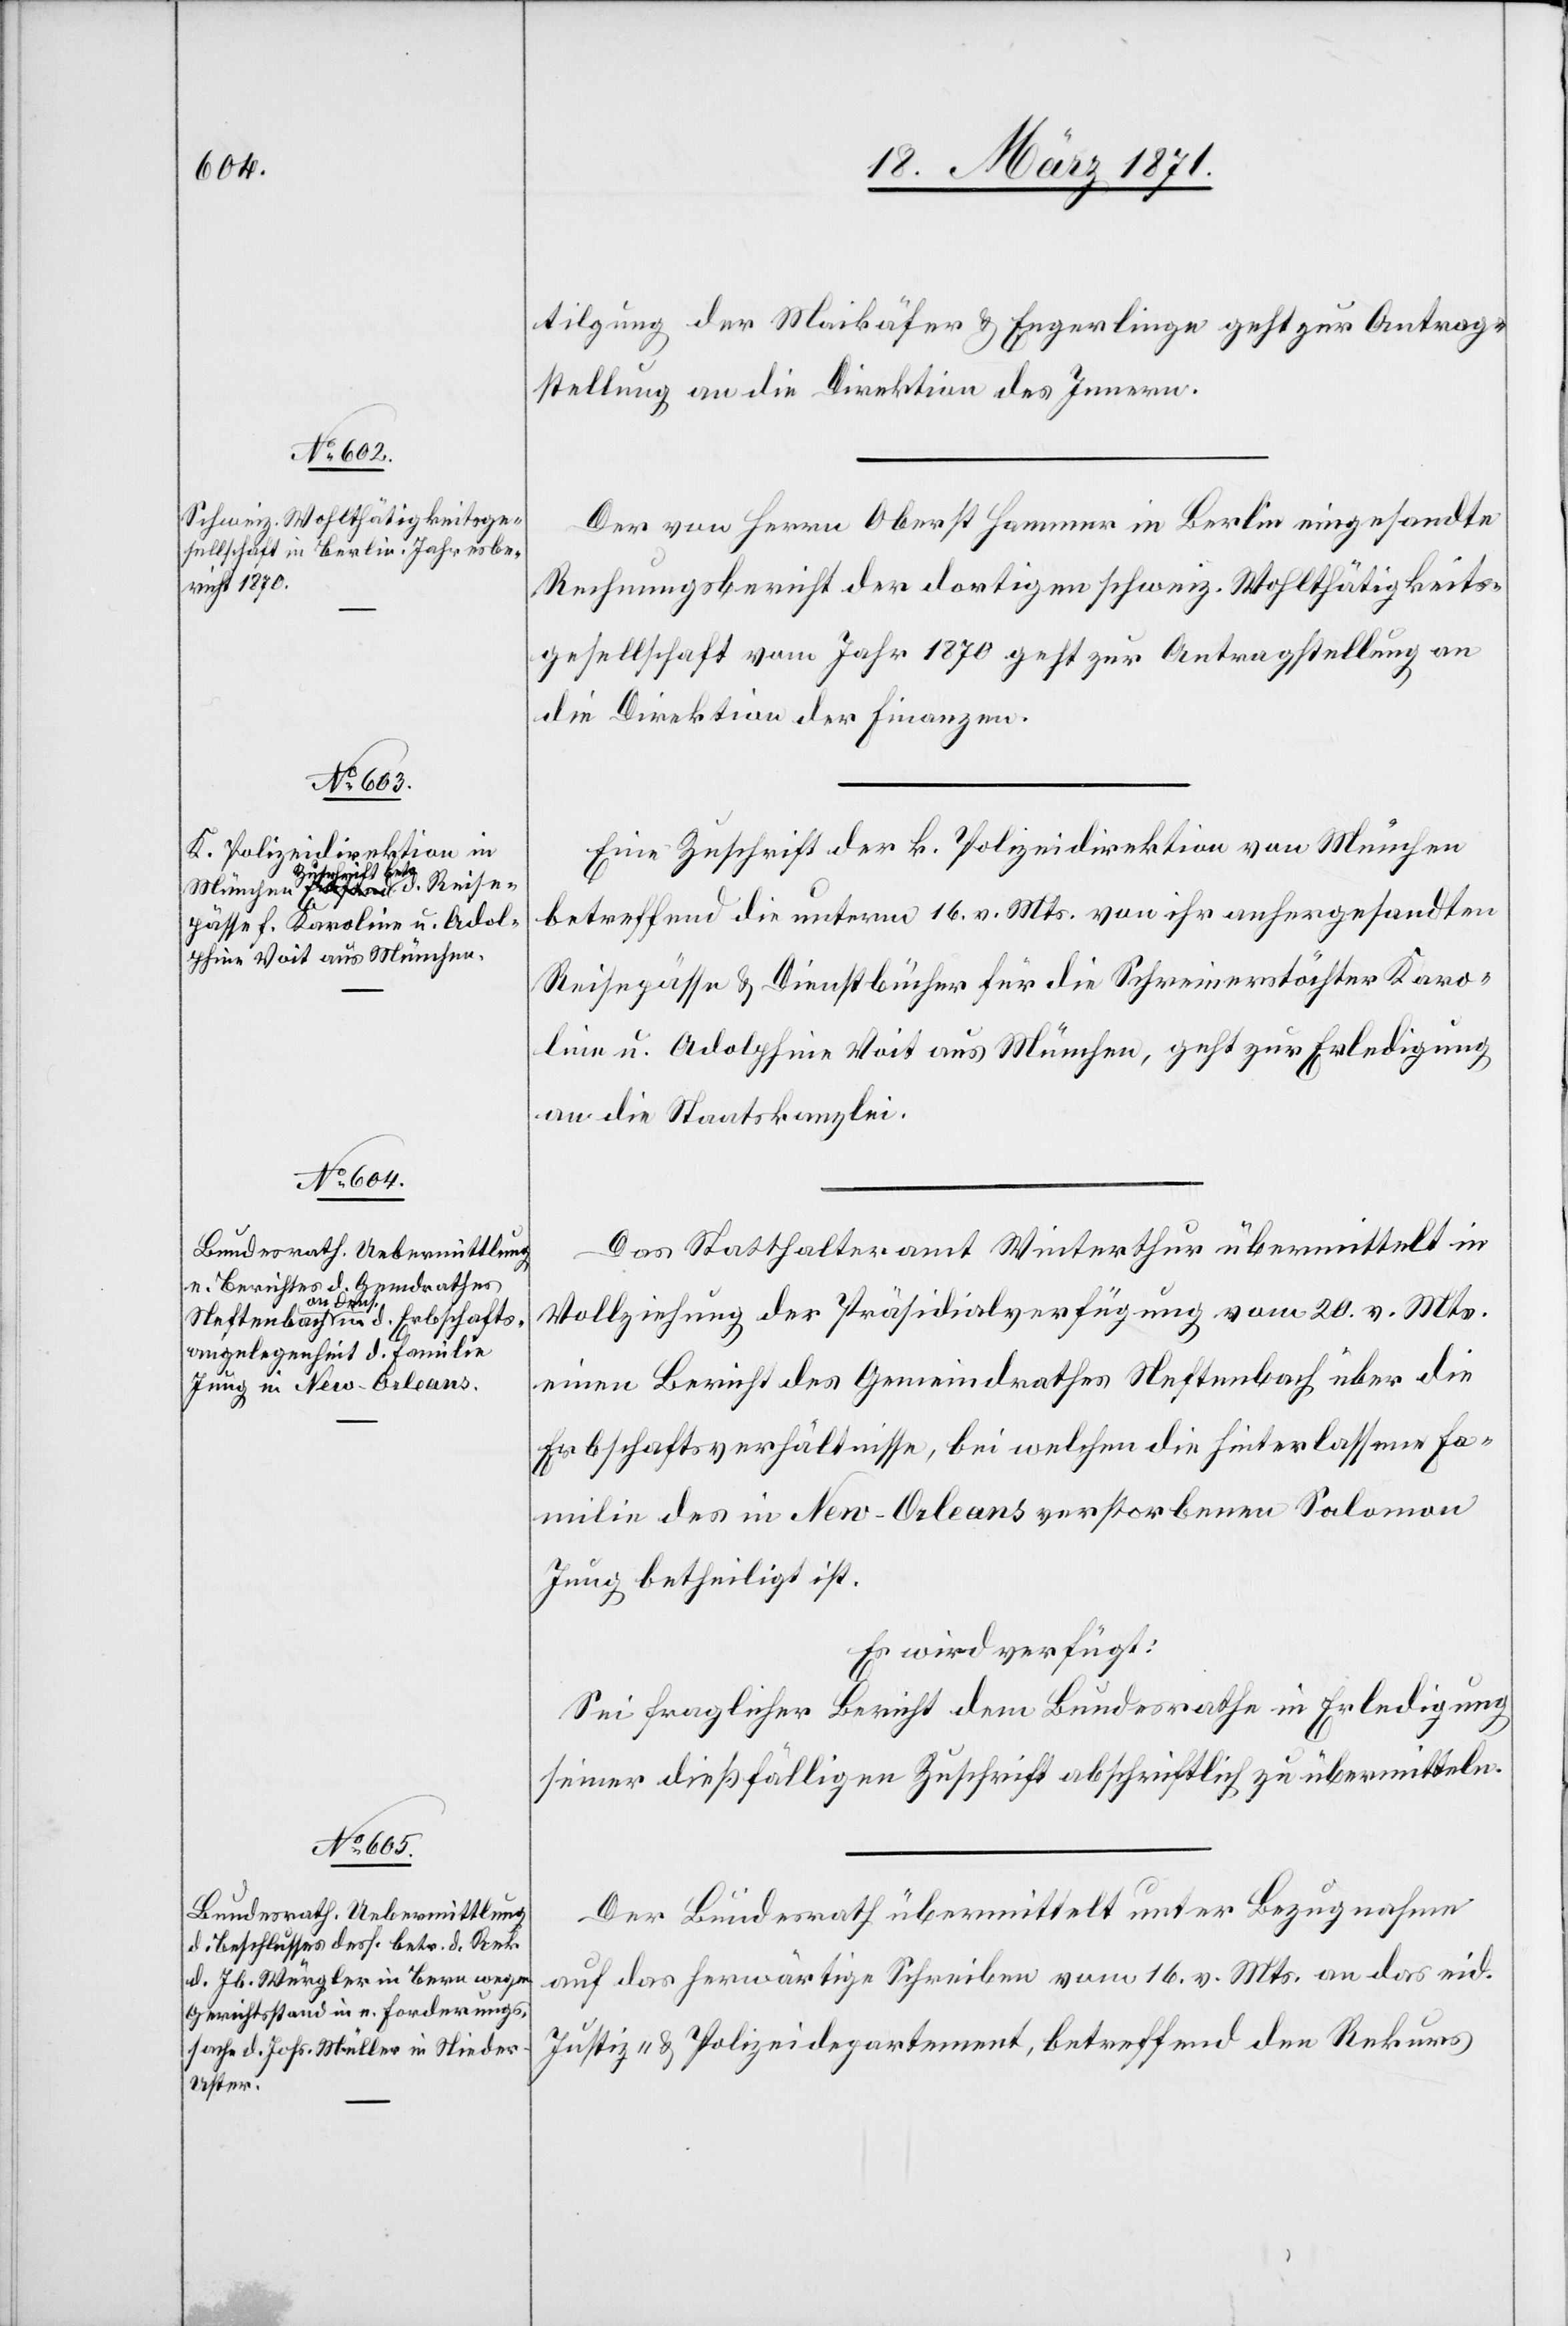
20. März 1871.]
tilgung der Maikäfer u. Engerlinge geht zur Antrag¬
stellung an die Direktion des Innern.
Der von Herrn Oberst Hammer in Berlin eingesandte
Rechnungsbericht der dortigen schweiz. Wohlthätigkeits¬
gesellschaft vom Jahr 1870 geht zur Antragstellung an
die Direktion der Finanzen.
Eine Zuschrift der k. Polizeidirektion von München
betreffend die unterm 16. v. Mts. von ihr anhergesandten
Reisepässe u. Dienstbücher für die Schreinerstöchter Karo¬
line u. Adolphine Voit aus München, geht zur Erledigung
an die Staatskanzlei.
Das Statthalteramt Winterthur übermittelt in
Vollziehung der Präsidialverfügung vom 20. v. Mts.
einen Bericht des Gemeindrathes Neftenbach über die
Erbschaftsverhältnisse, bei welchen die hinterlassene Fa¬
milie des in New-Orleans verstorbenen Salomon
Jung betheiligt ist.
Es wird verfügt:
Sei fraglicher Bericht dem Bundesrath in Erledigung
seiner dießfälligen Zuschrift abschriftlich zu übermitteln.
Der Bundesrath übermittelt unter Bezugnahme
auf das herwärtige Schreiben vom 16. v. Mts. an das eid.
Justiz- u. Polizeidepartement, betreffend den Rekurs